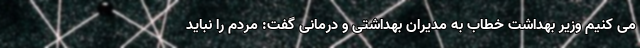
می کنیم وزیر بهداشت خطاب به مدیران بهداشتی و درمانی گفت: مردم را نباید